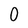
Character: 0